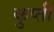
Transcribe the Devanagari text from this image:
कुप्ती